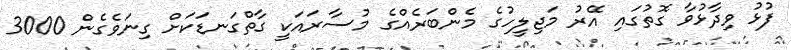
ފުޅު ވިދާޅުވާ ގޮތުގައި އޭރު މަޖިލީހުގެ މެންބަރެއްގެ މުސާރައަކީ ގާތްގަނޑަކަށް ގިނަވެގެން 3000